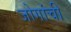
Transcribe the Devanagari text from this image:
जोगांची